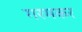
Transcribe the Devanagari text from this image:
गरमकर